Report on vaccination in the Province of Bengal - 1874-1889
Year: 1874
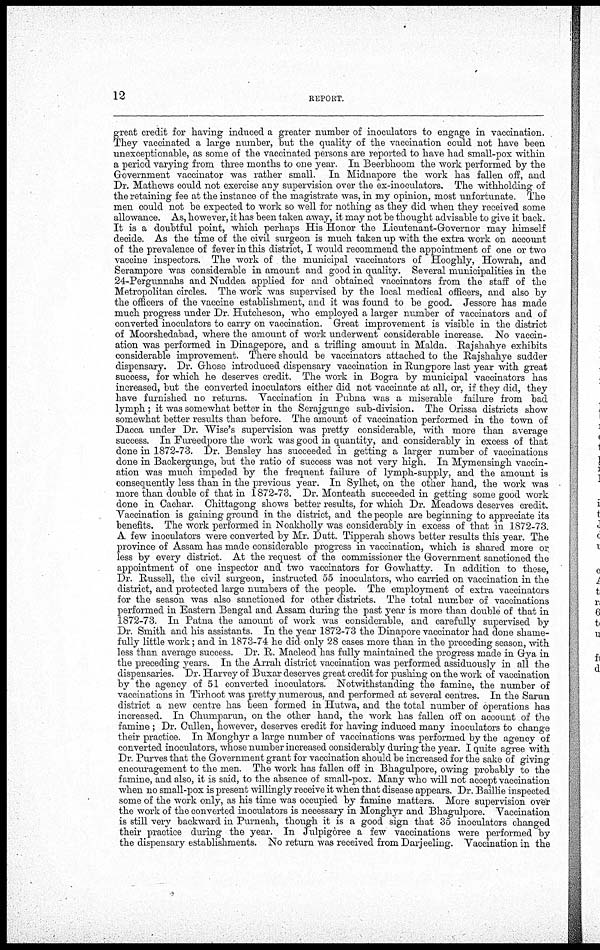
12
REPORT.
great credit for having induced a greater number of inoculators to engage in vaccination.
They vaccinated a large number, but the quality of the vaccination could not have been
unexceptionable, as some of the vaccinated persons are reported to have had small-pox within
a period varying from three months to one year. In Beerbhoom the work performed by the
Government vaccinator was rather small. In Midnapore the work has fallen off, and
Dr. Mathews could not exercise any supervision over the ex-inoculators. The withholding of
the retaining fee at the instance of the magistrate was, in my opinion, most unfortunate. The
men could not be expected to work so well for nothing as they did when they received some
allowance. As, however, it has been taken away, it may not be thought advisable to give it back.
It is a doubtful point, which perhaps His Honor the Lieutenant- Governor may himself
decide. As the time of the civil surgeon is much taken up with the extra work on account
of the prevalence of fever in this district, I would recommend the appointment of one or two
vaccine inspectors. The work of the municipal vaccinators of Hooghly, Howrah, and
Serampore was considerable in amount and good in quality. Several municipalities in the
24-Pergunnahs and Nuddea applied for and obtained vaccinators from the staff of the
Metropolitan circles. The work was supervised by the local medical officers, and also by
the officers of the vaccine establishment, and it was found to be good. Jessore has made
much progress under Dr. Hutcheson, who employed a larger number of vaccinators and of
converted inoculators to carry on vaccination. Great improvement is visible in the district
of Moorshedabad, where the amount of work underwent considerable increase. No vaccin-
ation was performed in Dinagepore, and a trifling amount in Malda. Rajshahye exhibits
considerable improvement. There should be vaccinators attached to the Rajshahye sudder
dispensary. Dr. Ghose introduced dispensary vaccination in Rungpore last year with great
success, for which he deserves credit. The work in Bogra by municipal vaccinators has
increased, but the converted inoculators either did not vaccinate at all, or, if they did, they
have furnished no returns. Vaccination in Pubna was a miserable failure from bad
lymph; it was somewhat better in the Serajgunge sub-division. The Orissa districts show
somewhat better results than before. The amount of vaccination performed in the town of
Dacca under Dr. Wise's supervision was pretty considerable, with more than average
success. In Fureedpore the work was good in quantity, and considerably in excess of that
done in 1872-73. Dr. Bensley has succeeded in getting a larger number of vaccinations
done in Backergunge, but the ratio of success was not very high. In Mymensingh vaccin-
ation was much impeded by the frequent failure of lymph-supply, and the amount is
consequently less than in the previous year. In Sylhet, on the other hand, the work was
more than double of that in 1872-73. Dr. Monteath succeeded in getting some good work
done in Cachar. Chittagong shows better results, for which Dr. Meadows deserves credit.
Vaccination is gaining ground in the district, and the people are beginning to appreciate its
benefits. The work performed in Noakholly was considerably in excess of that in 1872-73.
A few inoculators were converted by Mr. Dutt. Tipperah shows better results this year. The
province of Assam has made considerable progress in vaccination, which is shared more or
less by every district. At the request of the commissioner the Government sanctioned the
appointment of one inspector and two vaccinators for Gowhatty. In addition to these,
Dr. Russell, the civil surgeon, instructed 55 inoculators, who carried on vaccination in the
district, and protected large numbers of the people. The employment of extra vaccinators
for the season was also sanctioned for other districts. The total number of vaccinations
performed in Eastern Bengal and Assam during the past year is more than double of that in
1872-73. In Patna the amount of work was considerable, and carefully supervised by
Dr Smith and his assistants. In the year 1872-73 the Dinapore vaccinator had done shame-
fully little work; and in 1873-74 he did only 28 cases more than in the preceding season, with
less than average success. Dr. R Macleod has fully maintained the progress made in Gya in
the preceding years. In the Arrah district vaccination was performed assiduously in all the
dispensaries. Dr. Harvey of Buxar deserves great credit for pushing on the work of vaccination
by the agency of 51 converted inoculators. Notwithstanding the famine, the number of
vaccinations in Tirhoot was pretty numerous, and performed at several centres. In the Sarun
district a new centre has been formed in Hutwa, and the total number of operations has
increased. In Chumparun, on the other hand, the work has fallen off on account of the
famine ; Dr. Cullen, however, deserves credit for having induced many inoculators to change
their practice. In Monghyr a large number of vaccinations was performed by the agency of
converted inoculators, whose number increased considerably during the year. I quite agree with
Dr Purves that the Government grant for vaccination should be increased for the sake of giving
encouragement to the men. The work has fallen off in Bhagulpore, owing probably to the
famine, and also, it is said, to the absence of small-pox. Many who will not accept vaccination
when no small-pox is present willingly receive it when that disease appears. Dr. Baillie inspected
some of the work only, as his time was occupied by famine matters. More supervision over
the work of the converted inoculators is necessary in Monghyr and Bhagulpore. Vaccination
is still very backward in Purneah, though it is a good sign that 35 inoculators changed
their practice during the year. In Julpigoree a few vaccinations were performed by
the dispensary establishments. No return was received from Darjeeling. Vaccination in the